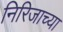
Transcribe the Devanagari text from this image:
निरिजाच्या